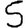
Digit: 5